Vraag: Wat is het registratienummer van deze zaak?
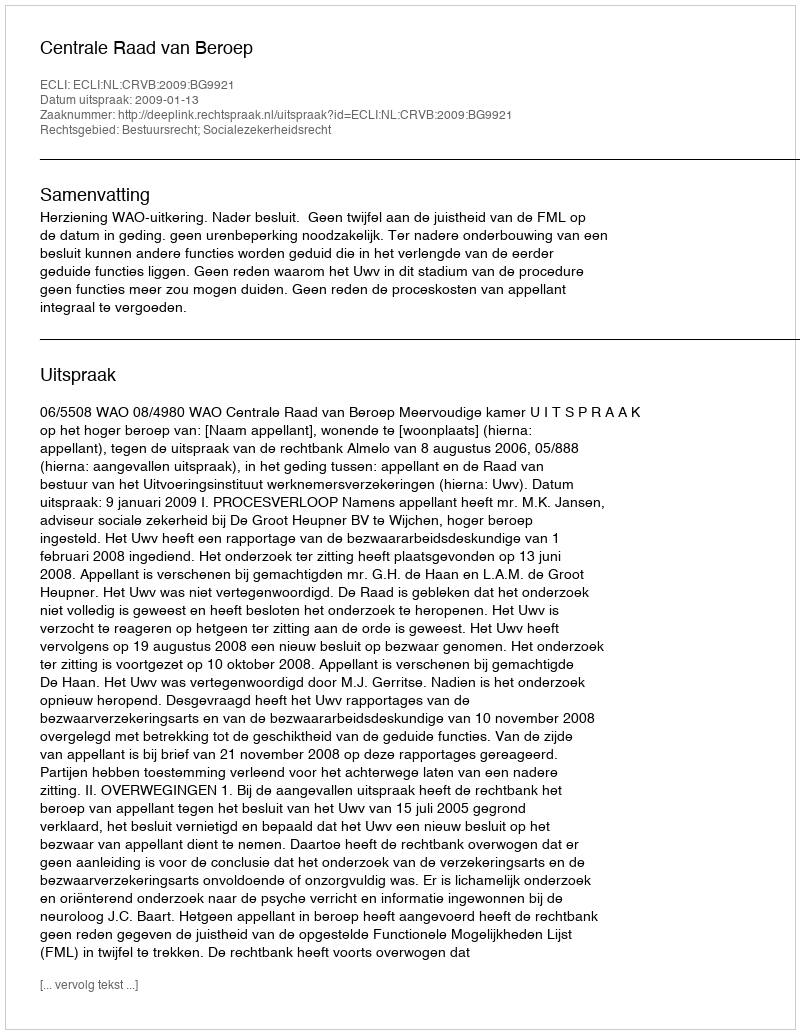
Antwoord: http://deeplink.rechtspraak.nl/uitspraak?id=ECLI:NL:CRVB:2009:BG9921